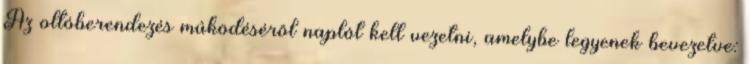
Az oltóberendezés mûködésérõl naplót kell vezetni, amelybe legyenek bevezetve: